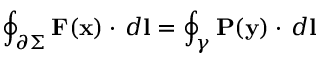
\oint _ { \partial \Sigma } { \mathbf { F } ( \mathbf { x } ) \cdot \, d \mathbf { l } } = \oint _ { \gamma } { \mathbf { P } ( \mathbf { y } ) \cdot \, d \mathbf { l } }